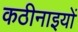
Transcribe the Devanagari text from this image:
कठीनाइयों